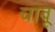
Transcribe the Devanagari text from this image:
चावू